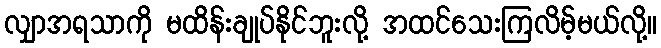
လျှာအရသာကို မထိန်းချုပ်နိုင်ဘူးလို့ အထင်သေးကြလိမ့်မယ်လို့။